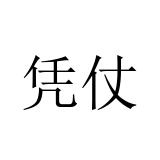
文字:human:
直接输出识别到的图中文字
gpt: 凭仗